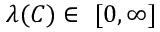
\lambda ( C ) \in \ [ 0 , \infty ]